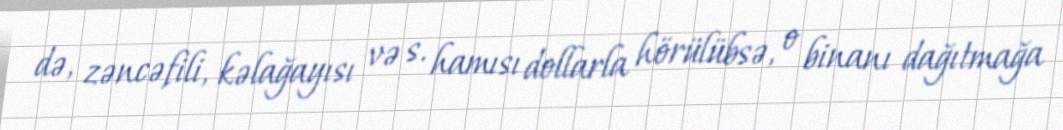
də, zəncəfili, kəlağayısı və s. hamısı dollarla hörülübsə, o binanı dağıtmağa